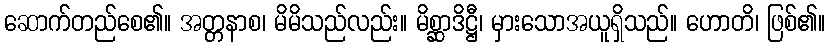
ဆောက်တည်စေ၏။ အတ္တနာစ၊ မိမိသည်လည်း။ မိစ္ဆာဒိဋ္ဌီ၊ မှားသောအယူရှိသည်။ ဟောတိ၊ ဖြစ်၏။